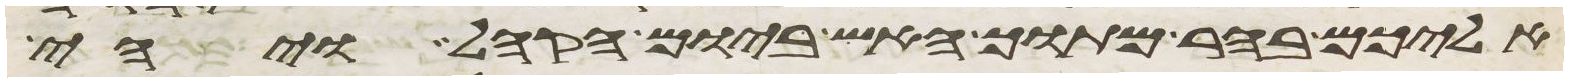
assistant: אליכם בהר מתוך האש ביום הקהל ויהי